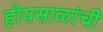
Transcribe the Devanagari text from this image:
होयसाळांची